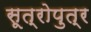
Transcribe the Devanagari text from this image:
सूत्रोपुत्र